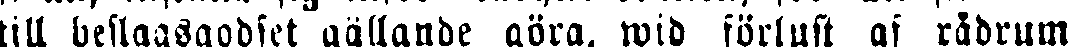
till beslagsgodset gällande göra, wid förlust af rådrum